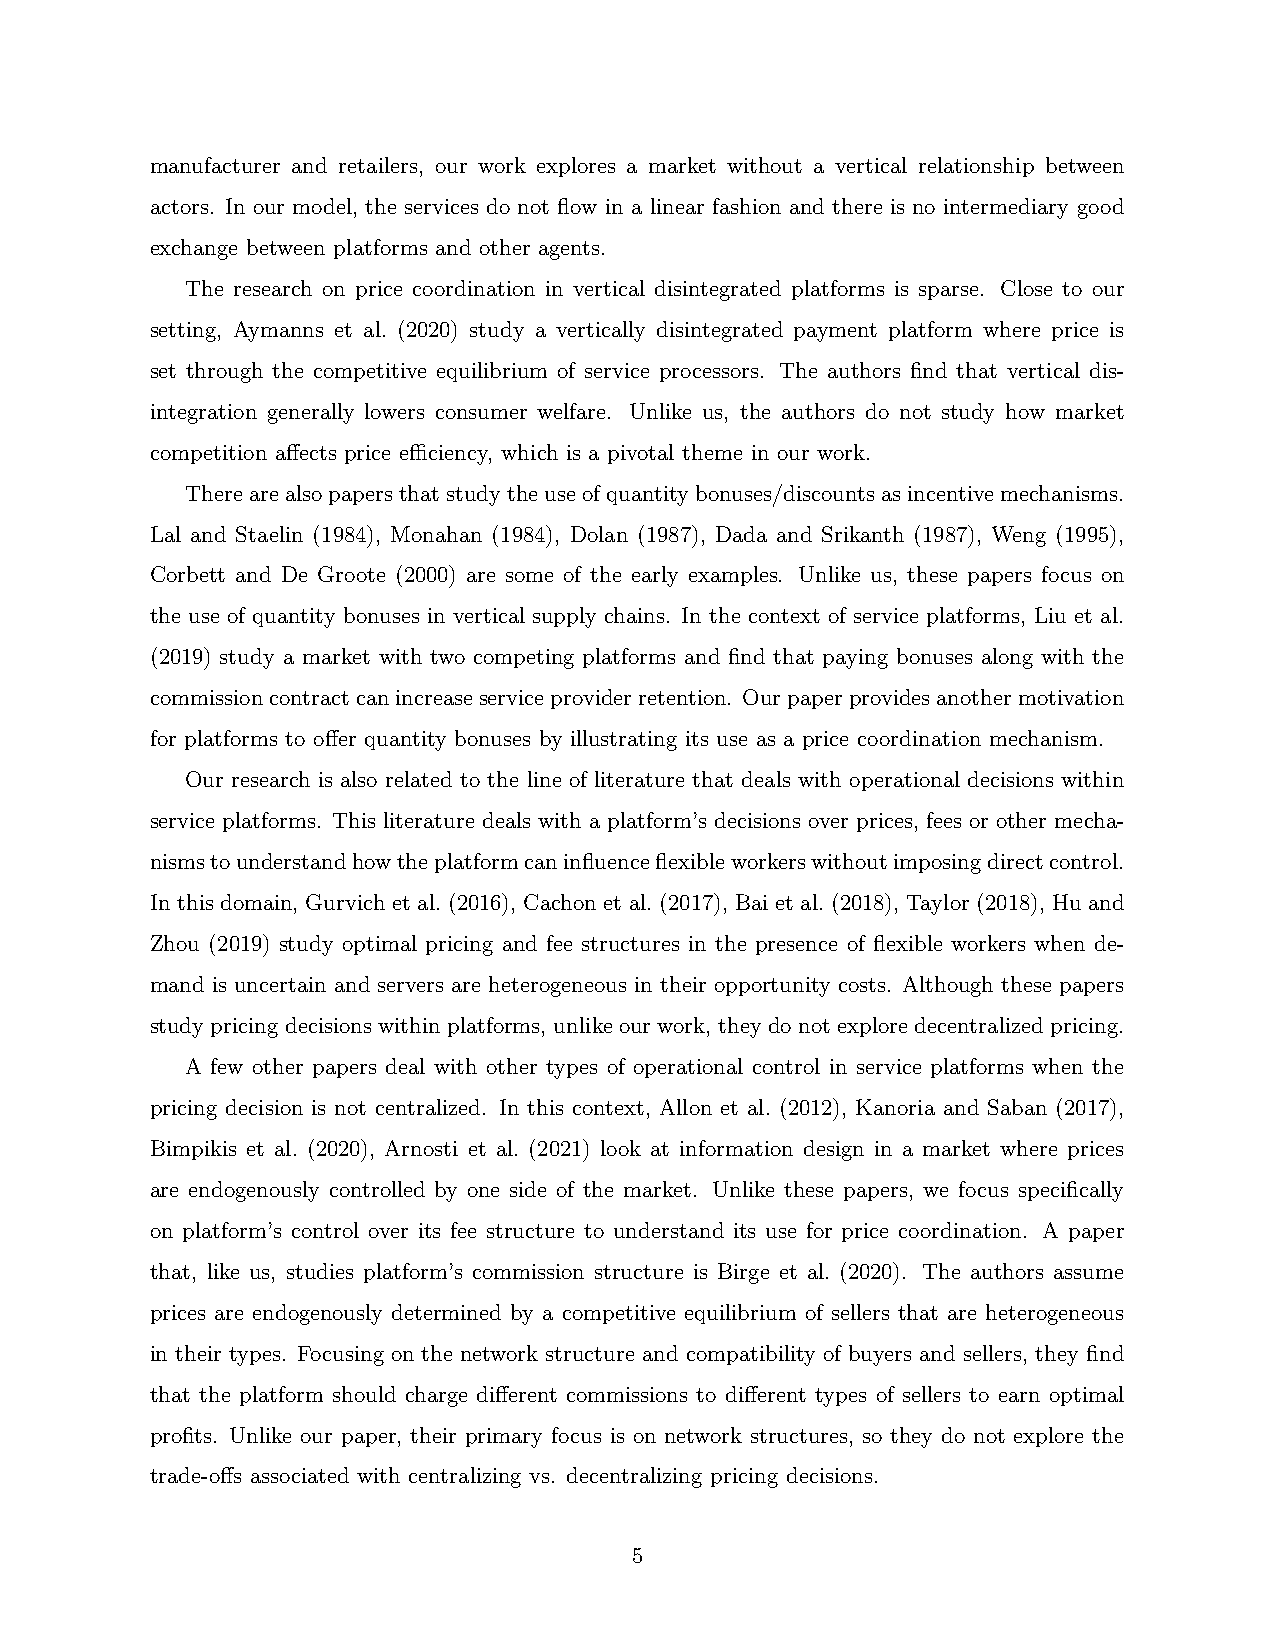
manufacturer and retailers, our work explores a market without a vertical relationship between
 actors. In our model, the services do not flow in a linear fashion and there is no intermediary good
 exchange between platforms and other agents.
 The research on price coordination in vertical disintegrated platforms is sparse. Close to our
 setting, Aymanns et al. (2020) study a vertically disintegrated payment platform where price is
 set through the competitive equilibrium of service processors. The authors find that vertical dis-
 integration generally lowers consumer welfare. Unlike us, the authors do not study how market
 competition affects price efficiency, which is a pivotal theme in our work.
 Therearealsopapersthatstudytheuseofquantitybonuses/discountsasincentivemechanisms.
 Lal and Staelin (1984), Monahan (1984), Dolan (1987), Dada and Srikanth (1987), Weng (1995),
 Corbett and De Groote (2000) are some of the early examples. Unlike us, these papers focus on
 the use of quantity bonuses in vertical supply chains. In the context of service platforms, Liu et al.
 (2019) study a market with two competing platforms and find that paying bonuses along with the
 commissioncontractcanincreaseserviceproviderretention. Ourpaperprovidesanothermotivation
 for platforms to offer quantity bonuses by illustrating its use as a price coordination mechanism.
 Our research is also related to the line of literature that deals with operational decisions within
 service platforms. This literature deals with a platform’s decisions over prices, fees or other mecha-
 nismstounderstandhowtheplatformcaninfluenceflexibleworkerswithoutimposingdirectcontrol.
 In this domain, Gurvich et al. (2016), Cachon et al. (2017), Bai et al. (2018), Taylor (2018), Hu and
 Zhou (2019) study optimal pricing and fee structures in the presence of flexible workers when de-
 mand is uncertain and servers are heterogeneous in their opportunity costs. Although these papers
 study pricing decisions within platforms, unlike our work, they do not explore decentralized pricing.
 A few other papers deal with other types of operational control in service platforms when the
 pricing decision is not centralized. In this context, Allon et al. (2012), Kanoria and Saban (2017),
 Bimpikis et al. (2020), Arnosti et al. (2021) look at information design in a market where prices
 are endogenously controlled by one side of the market. Unlike these papers, we focus specifically
 on platform’s control over its fee structure to understand its use for price coordination. A paper
 that, like us, studies platform’s commission structure is Birge et al. (2020). The authors assume
 prices are endogenously determined by a competitive equilibrium of sellers that are heterogeneous
 in their types. Focusing on the network structure and compatibility of buyers and sellers, they find
 that the platform should charge different commissions to different types of sellers to earn optimal
 profits. Unlike our paper, their primary focus is on network structures, so they do not explore the
 trade-offs associated with centralizing vs. decentralizing pricing decisions.
 5